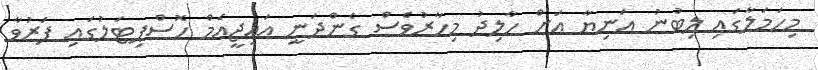
މިހަމަލާގައި ލިބުނު އަނިޔާ އަށް ހާލިދު މިހާރުވެސް ގެންދަނީ އައިޖީއެމް ހޮސްޕިޓަލުގައި ފަރުވާ